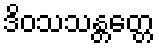
ဒိဝသသန္တတ္တေ